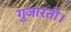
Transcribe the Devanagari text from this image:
गुजारती।